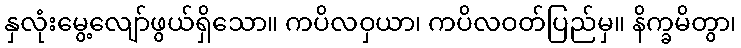
နှလုံးမွေ့လျော်ဖွယ်ရှိသော။ ကပိလဝှယာ၊ ကပိလဝတ်ပြည်မှ။ နိက္ခမိတွာ၊